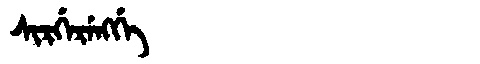
Manchu: ᠰᡳᡵᡤᡝᡵᡝᠩᡤᡝ
Romanization: SIRGERENGGE